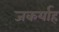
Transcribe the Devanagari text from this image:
जकर्याह